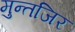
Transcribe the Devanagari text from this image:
मुन्तजिर